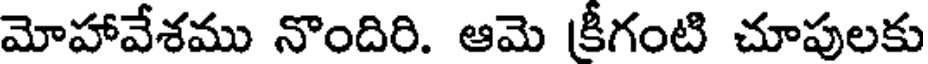
మోహావేశము నొందిరి. ఆమె క్రీగంటి చూపులకు